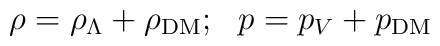
\rho = \rho_\Lambda  + \rho_{\rm DM}; ~~p = p_V  + p_{\rm DM}